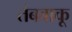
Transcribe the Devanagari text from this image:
तंबबाकू